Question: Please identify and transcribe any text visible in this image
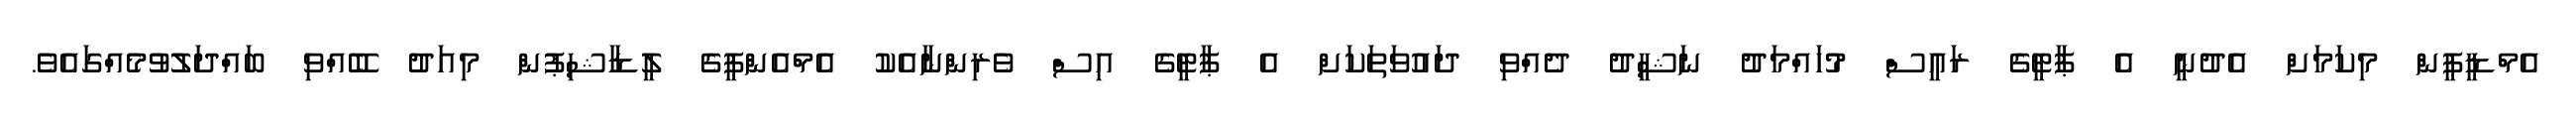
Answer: އެމްޑީޕީން މިކަމަށް އެދުނީ އެ ޕާޓީގެ ރައީސް މުހައްމަދު ނަޝީދު ދެއްވި ދައުވަތަކަށް އެ ޕާޓީގެ އިސް ވެރިންނާއެކު އެމްއެންޕީގެ ލީޑާޝިޕުން މިއަދު ބޭއްވި ބައްދަލުވުމެއްގައެވެ.